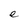
Character: e